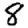
Digit: 8